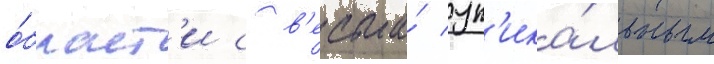
о́бласт'и с в'есьма́ ун'ика́льным